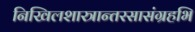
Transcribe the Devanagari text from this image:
निखिलशास्त्रान्तरसासंग्रहभि